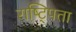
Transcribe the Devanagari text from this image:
राष्ट्पिता